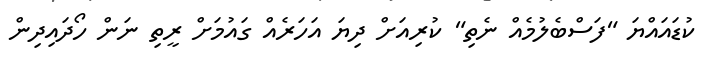
ކުޑައައްޔަ "ފަސްބެލުމެއް ނެތި" ކުރިއަށް ދިޔަ އަހަރެއް ގައުމަށް ރީތި ނަން ހޯދައިދިން